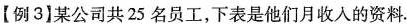
【例3】某公司共25名员工，下表是他们月收入的资料.